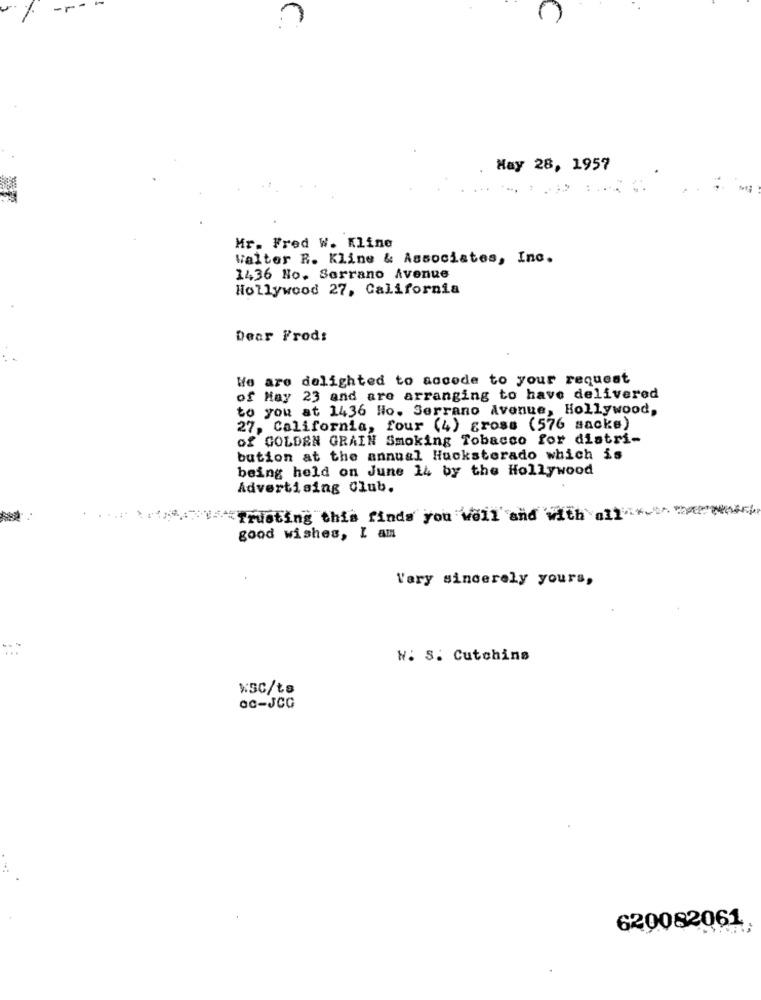
--
%
May 28, 1957
Mr. Fred W. Kline
Valter R. Kline & Associates, Inc.
1436 No. Serrano Avenue
Hollywood 27, California
Dear Frods
We are delighted to accede to your request
of May 23 and are arranging to have delivered
to you at 1436 Ho. Serrano Avenue, Hollywood,
27, California, four (4) gross (576 sacks)
of GOLDEN GRAIN Smoking Tobacco for distri-
bution at the annual Hucksterado which is
being held on June 14 by the Hollywood
Advertising Club.
sisTrusting this finds you well and with all"
good wishes, I am
Vary sincerely yours,
...
N. S. Cutchins
%SC/ts
QC-JCG
620082061